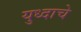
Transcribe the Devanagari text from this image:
युध्दाचे